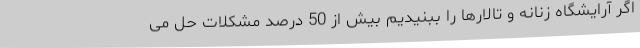
اگر آرایشگاه زنانه و تالارها را ببنیدیم بیش از 50 درصد مشکلات حل می